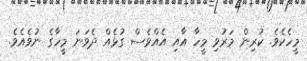
މީހެކެވެ. ކުރިން މަރުވި މީހާ އާއި އެއްވެސް ގުޅެއް ދެވަނަ މީހާގެ ނުވެއެވެ.